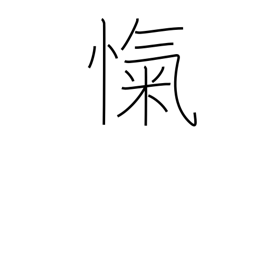
Meaning: breathlessness